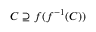
C \supseteq f ( f ^ { - 1 } ( C ) )